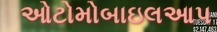
ઓટોમોબાઇલઆપ